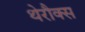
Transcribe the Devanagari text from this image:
थेरौक्स